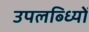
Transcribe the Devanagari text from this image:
उपलब्ध्यिों